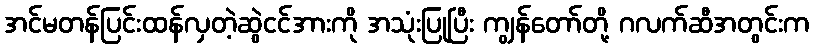
အင်မတန်ပြင်းထန်လှတဲ့ဆွဲငင်အားကို အသုံးပြုပြီး ကျွန်တော်တို့ ဂလက်ဆီအတွင်းက